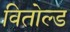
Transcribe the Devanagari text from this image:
वितोल्ड